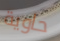
حاوية